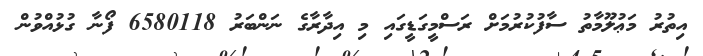
އިތުރު މަޢުލޫމާތު ސާފުކުރުމަށް ރަސްމީގަޑީގައި މި އިދާރާގެ ނަންބަރު 6580118 ފޯނާ ގުޅުއްވުން